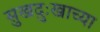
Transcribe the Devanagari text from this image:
सुखदुःखाच्या